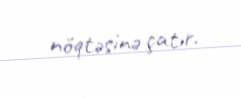
nöqtəsinə çatır.